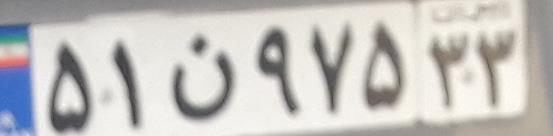
۵۱ن۹۷۵۳۳